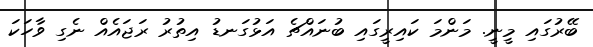
ބޭރުގައި މީނީ. މަންމަ ކައިރީގައި ބުނައްޗެ އަޅުގަނޑު އިތުރު ރަޖައެއް ނެގި ވާހަކަ